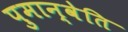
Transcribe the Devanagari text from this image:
पुमान्वेति